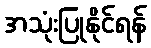
အသုံးပြုနိုင်ရန်